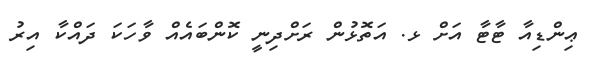
ޢިންޑިއާ ޓާޓާ އަށް ޅ. އަތޮޅުން ރަށްދިނީ ކޮންބައެއް ވާހަކަ ދައްކާ އިރު